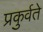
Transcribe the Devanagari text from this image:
प्रकुर्वते